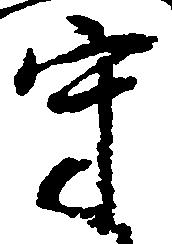
守